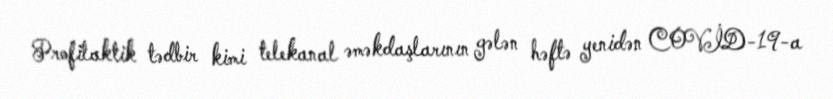
Profilaktik tədbir kimi telekanal əməkdaşlarının gələn həftə yenidən COVİD-19-a